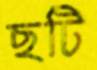
ছটি